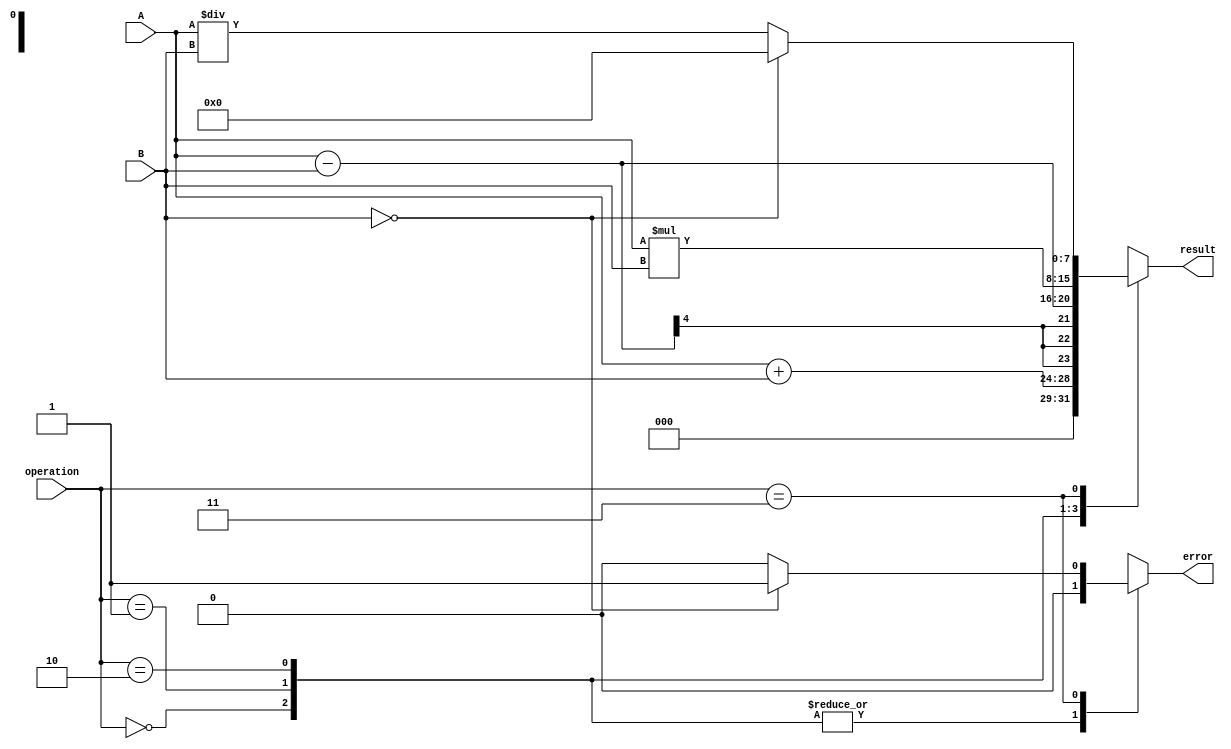
`timescale 1ns / 1ps
//////////////////////////////////////////////////////////////////////////////////
// Company: -
// Engineer: -
// 
// Design Name: -
// Module Name: Arithmetic Unit
// Project Name: VLSI
// Target Devices: -
// Tool Versions: -
// Description: -
// 
// Dependencies: -
// 
// Revision: -
// Revision 0.01 - File Created
// Additional Comments: -
// 
//////////////////////////////////////////////////////////////////////////////////


module ArithmeticUnit(
                      operation,
                      A,
                      B,
                      result,
                      error
                      );
    
    input [1:0] operation; // 00 for add, 01 for subtract, 10 for multiply, 11 for divide
    input [3:0] A;
    input [3:0] B;
    
    output [7:0] result;
    output error; // error flag for division by zero
    
    reg [7:0] result;
    reg error;


    always @(*) begin
        error = 0;
        case (operation)
            2'b00: result = A + B;                // Addition
            2'b01: result = A - B;                // Subtraction
            2'b10: result = A * B;                // Multiplication
            2'b11: begin                          // Division
                if (B == 4'b0000) begin
                    result = 8'b00000000;
                    error = 1;                    // Set error flag if division by zero
                end else begin
                    result = A / B;               // Division
                end
            end
            default: result = 8'b00000000;
        endcase
    end

endmodule